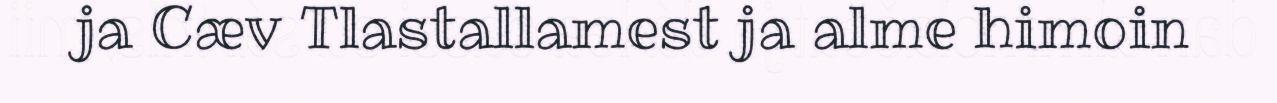
ja Cæv Tlastallamest ja alme himoin